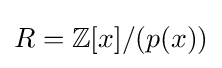
R=\mathbb {Z} [x]/(p(x))